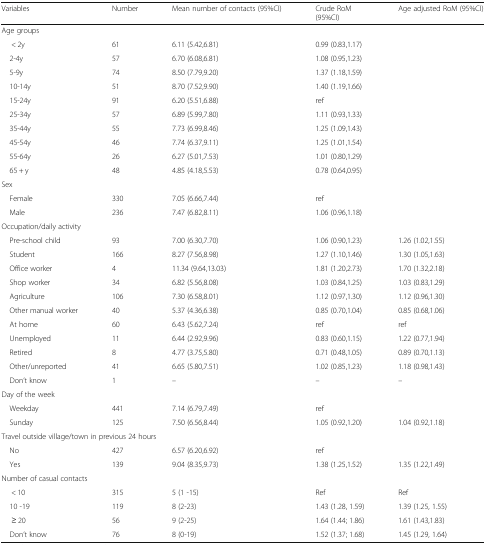
<table><thead><tr><td><b>Variables</b></td><td><b>Number</b></td><td><b>Mean number of contacts (95%CI)</b></td><td><b>Crude RoM(95%CI)</b></td><td><b>Age adjusted RoM (95%CI)</b></td></tr></thead><tbody><tr><td colspan="5">Age groups</td></tr><tr><td>&lt; 2y</td><td>61</td><td>6.11 (5.42,6.81)</td><td>0.99 (0.83,1.17)</td><td></td></tr><tr><td> 2-4y</td><td>57</td><td>6.70 (6.08,6.81)</td><td>1.08 (0.95,1.23)</td><td></td></tr><tr><td> 5-9y</td><td>74</td><td>8.50 (7.79,9.20)</td><td>1.37 (1.18,1.59)</td><td></td></tr><tr><td> 10-14y</td><td>51</td><td>8.70 (7.52,9.90)</td><td>1.40 (1.19,1.66)</td><td></td></tr><tr><td> 15-24y</td><td>91</td><td>6.20 (5.51,6.88)</td><td>ref</td><td></td></tr><tr><td> 25-34y</td><td>57</td><td>6.89 (5.99,7.80)</td><td>1.11 (0.93,1.33)</td><td></td></tr><tr><td> 35-44y</td><td>55</td><td>7.73 (6.99,8.46)</td><td>1.25 (1.09,1.43)</td><td></td></tr><tr><td> 45-54y</td><td>46</td><td>7.74 (6.37,9.11)</td><td>1.25 (1.01,1.54)</td><td></td></tr><tr><td> 55-64y</td><td>26</td><td>6.27 (5.01,7.53)</td><td>1.01 (0.80,1.29)</td><td></td></tr><tr><td> 65 + y</td><td>48</td><td>4.85 (4.18,5.53)</td><td>0.78 (0.64,0.95)</td><td></td></tr><tr><td colspan="5">Sex</td></tr><tr><td> Female</td><td>330</td><td>7.05 (6.66,7.44)</td><td>ref</td><td></td></tr><tr><td> Male</td><td>236</td><td>7.47 (6.82,8.11)</td><td>1.06 (0.96,1.18)</td><td></td></tr><tr><td colspan="5">Occupation/daily activity</td></tr><tr><td> Pre-school child</td><td>93</td><td>7.00 (6.30,7.70)</td><td>1.06 (0.90,1.23)</td><td>1.26 (1.02,1.55)</td></tr><tr><td> Student</td><td>166</td><td>8.27 (7.56,8.98)</td><td>1.27 (1.10,1.46)</td><td>1.30 (1.05,1.63)</td></tr><tr><td> Office worker</td><td>4</td><td>11.34 (9.64,13.03)</td><td>1.81 (1.20,2.73)</td><td>1.70 (1.32,2.18)</td></tr><tr><td> Shop worker</td><td>34</td><td>6.82 (5.56,8.08)</td><td>1.03 (0.84,1.25)</td><td>1.03 (0.83,1.29)</td></tr><tr><td> Agriculture</td><td>106</td><td>7.30 (6.58,8.01)</td><td>1.12 (0.97,1.30)</td><td>1.12 (0.96,1.30)</td></tr><tr><td> Other manual worker</td><td>40</td><td>5.37 (4.36,6.38)</td><td>0.85 (0.70,1.04)</td><td>0.85 (0.68,1.06)</td></tr><tr><td> At home</td><td>60</td><td>6.43 (5.62,7.24)</td><td>ref</td><td>ref</td></tr><tr><td> Unemployed</td><td>11</td><td>6.44 (2.92,9.96)</td><td>0.83 (0.60,1.15)</td><td>1.22 (0.77,1.94)</td></tr><tr><td> Retired</td><td>8</td><td>4.77 (3.75,5.80)</td><td>0.71 (0.48,1.05)</td><td>0.89 (0.70,1.13)</td></tr><tr><td> Other/unreported</td><td>41</td><td>6.65 (5.80,7.51)</td><td>1.02 (0.85,1.23)</td><td>1.18 (0.98,1.43)</td></tr><tr><td> Don’t know</td><td>1</td><td>–</td><td>–</td><td>–</td></tr><tr><td colspan="5">Day of the week</td></tr><tr><td> Weekday</td><td>441</td><td>7.14 (6.79,7.49)</td><td>ref</td><td></td></tr><tr><td> Sunday</td><td>125</td><td>7.50 (6.56,8.44)</td><td>1.05 (0.92,1.20)</td><td>1.04 (0.92,1.18)</td></tr><tr><td colspan="5">Travel outside village/town in previous 24 hours</td></tr><tr><td> No</td><td>427</td><td>6.57 (6.20,6.92)</td><td>ref</td><td></td></tr><tr><td> Yes</td><td>139</td><td>9.04 (8.35,9.73)</td><td>1.38 (1.25,1.52)</td><td>1.35 (1.22,1.49)</td></tr><tr><td colspan="5">Number of casual contacts</td></tr><tr><td>&lt; 10</td><td>315</td><td>5 (1 -15)</td><td>Ref</td><td>Ref</td></tr><tr><td> 10 -19</td><td>119</td><td>8 (2-23)</td><td>1.43 (1.28, 1.59)</td><td>1.39 (1.25, 1.55)</td></tr><tr><td>≥ 20</td><td>56</td><td>9 (2-25)</td><td>1.64 (1.44; 1.86)</td><td>1.61 (1.43,1.83)</td></tr><tr><td> Don’t know</td><td>76</td><td>8 (0-19)</td><td>1.52 (1.37; 1.68)</td><td>1.45 (1.29, 1.64)</td></tr></tbody></table>